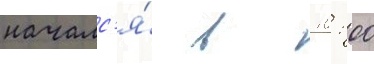
началс'я́ в 10: 00